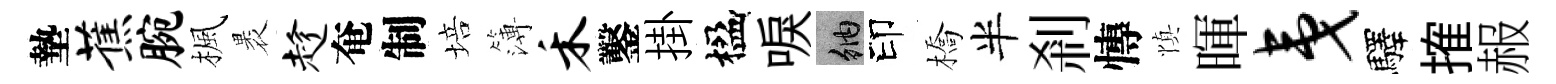
墊蕉腕楓褁趁奄制培簿禾鑿掛楹唳納印橋半剎慱慎暉夷驛搉赧